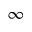
\infty